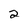
Character: 2